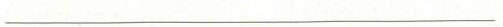
___